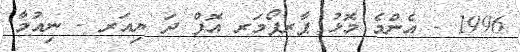
1996 - އެންމެ މޮޅު ޕާރފޯމަރ އޮފް ދަ ޔިއަރ - ނިއުމާ